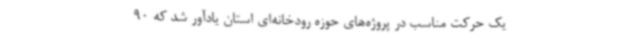
یک حرکت مناسب در پروژه‌های حوزه رودخانه‌ای استان یادآور شد که 90